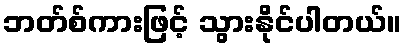
ဘတ်စ်ကားဖြင့် သွားနိုင်ပါတယ်။